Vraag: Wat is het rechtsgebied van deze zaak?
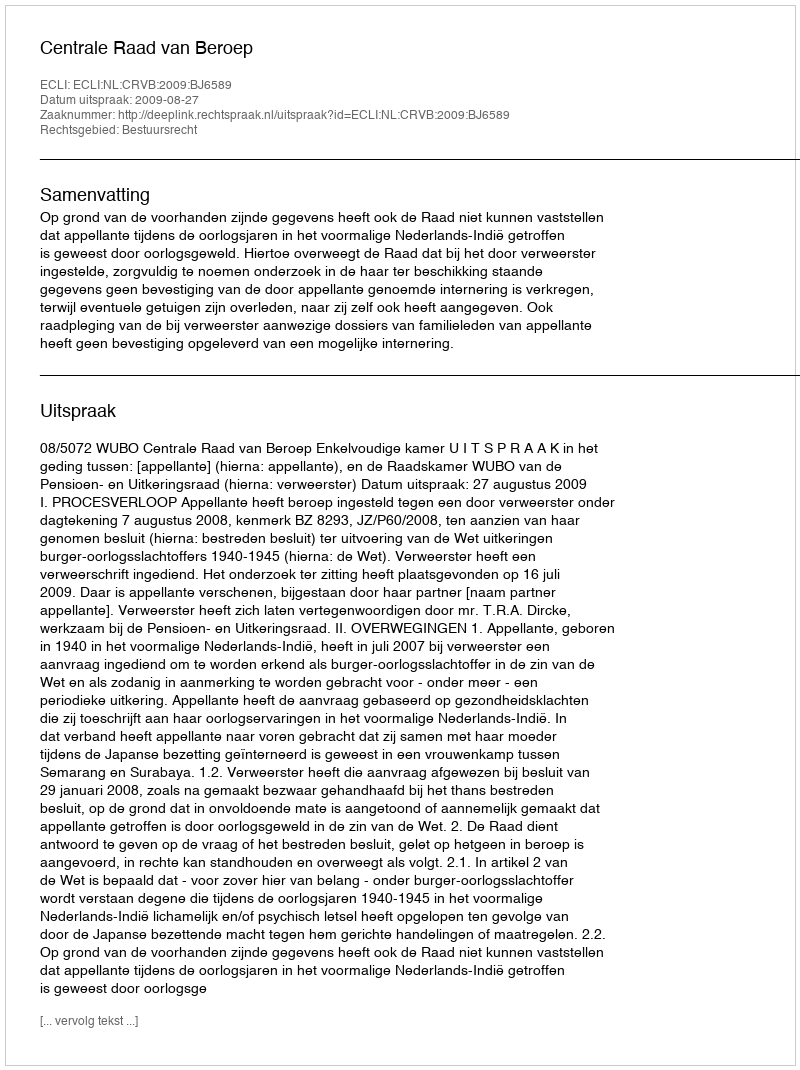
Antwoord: Bestuursrecht